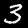
Digit: 3